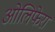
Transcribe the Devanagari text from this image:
ओलिफेरा